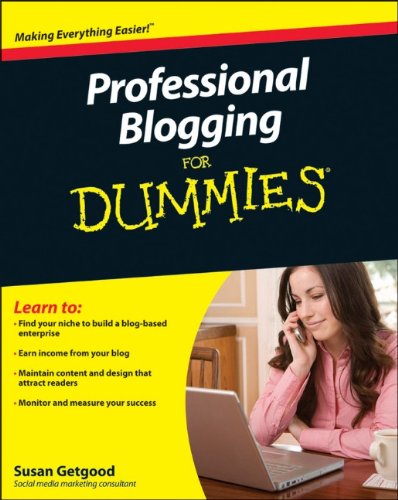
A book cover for Professional Blogging For Dummies; Susan Getgood; Computers & Technology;